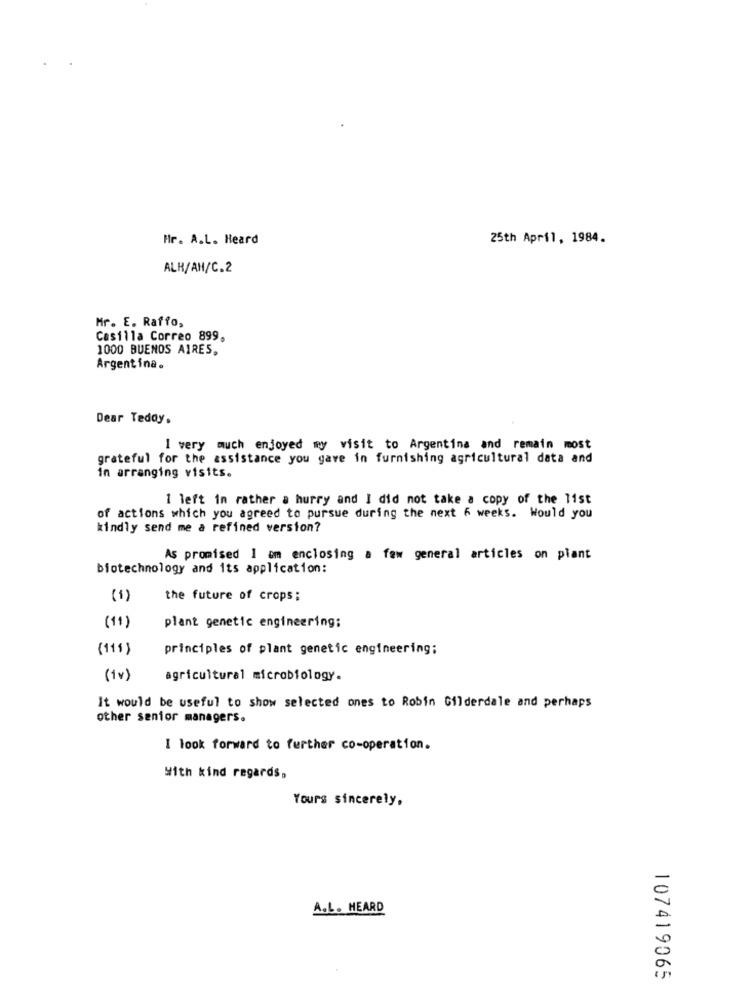
Hr. A.L. Heard
25th April, 1984.
ALH/AM/C.2
Mr. E. Raffo,
Casilla Correo 899,
1000 BUENOS AIRES,
Argentina.
Dear Teddy.
I very much enjoyed my visit to Argentina and remain most
grateful for the assistance you gave in furnishing agricultural data and
In arranging visits.
1 left in rather a hurry and I did not take a copy of the list
of actions which you agreed to pursue during the next 6 weeks. Would you
kindly send me a refined version?
As promised I am enclosing a few general articles on plant
biotechnology and its application:
(1)
the future of crops;
(11)
plant genetic engineering;
(111 )
principles of plant genetic engineering;
(iv )
agricultural microbiology.
It would be useful to show selected ones to Robin Gilderdale and perhaps
other senior managers.
I look forward to further co-operation.
With kind regards,
Yours sincerely,
A.L. HEARD
107419065